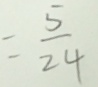
= \frac { 5 } { 2 4 }